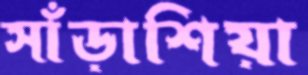
সাঁড়াশিয়া